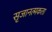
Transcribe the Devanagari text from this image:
सृजानत्मकता